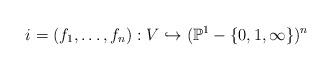
LaTeX: \begin{align*}i=(f_1 ,\ldots ,f_n):V\hookrightarrow (\mathbb{P}^1 -\{0,1,\infty \})^n\end{align*}